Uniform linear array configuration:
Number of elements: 4
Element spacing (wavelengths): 0.5
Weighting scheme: hamming
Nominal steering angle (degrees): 15
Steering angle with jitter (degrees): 13.83
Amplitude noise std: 0.05
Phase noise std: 0.05

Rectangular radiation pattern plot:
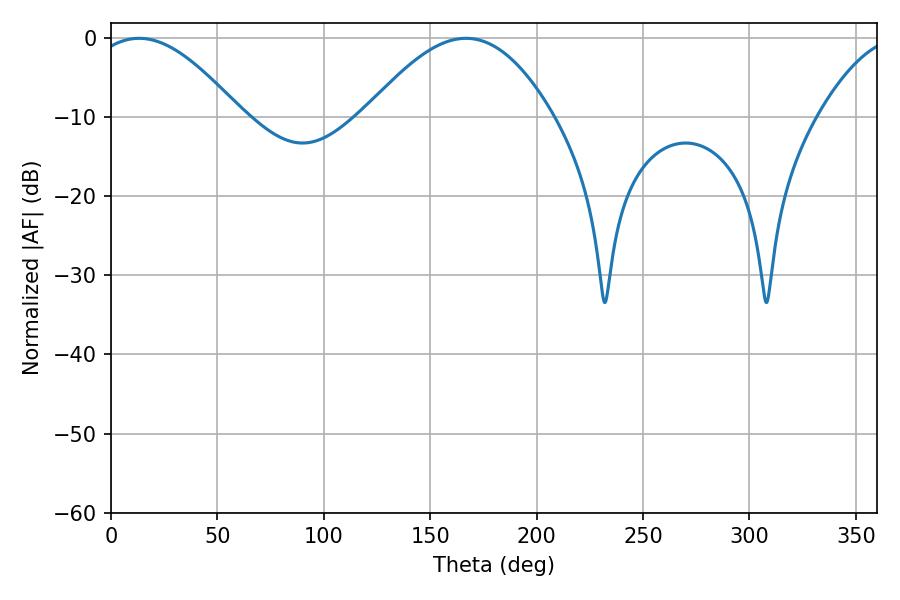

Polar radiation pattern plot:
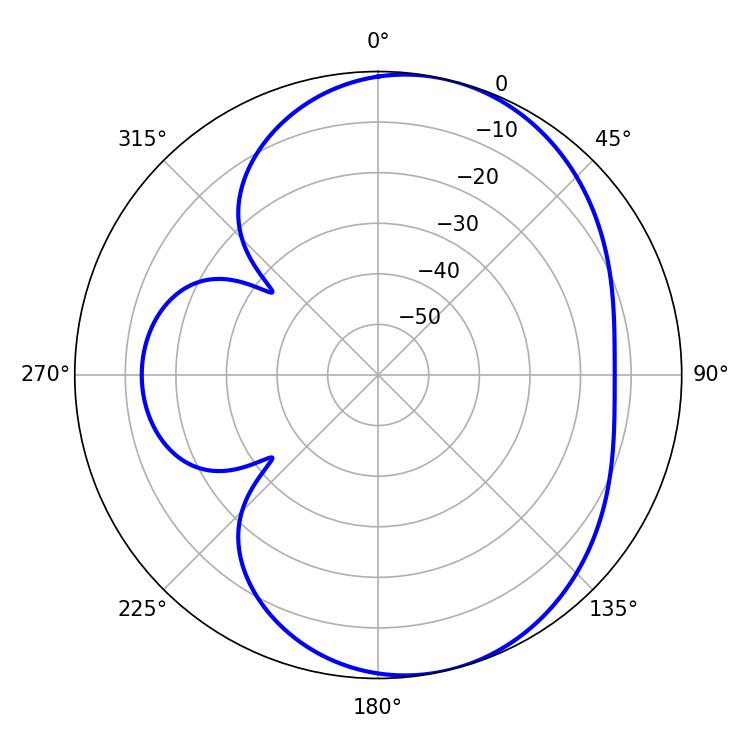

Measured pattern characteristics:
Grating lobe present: FALSE
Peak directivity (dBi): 6.383
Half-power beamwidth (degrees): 38.16
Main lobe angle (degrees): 13.14